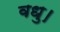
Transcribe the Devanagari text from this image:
वधु।